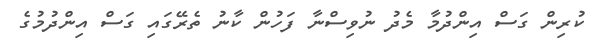
ކުރިން ގަސް އިންދުމާ މެދު ނުވިސްނާ ފަހުން ކާނު ތެރޭގައި ގަސް އިންދުމުގެ